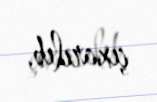
çıxarılıb.